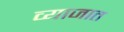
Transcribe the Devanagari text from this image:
व्याजात